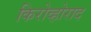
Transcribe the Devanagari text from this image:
किरोव्होराद